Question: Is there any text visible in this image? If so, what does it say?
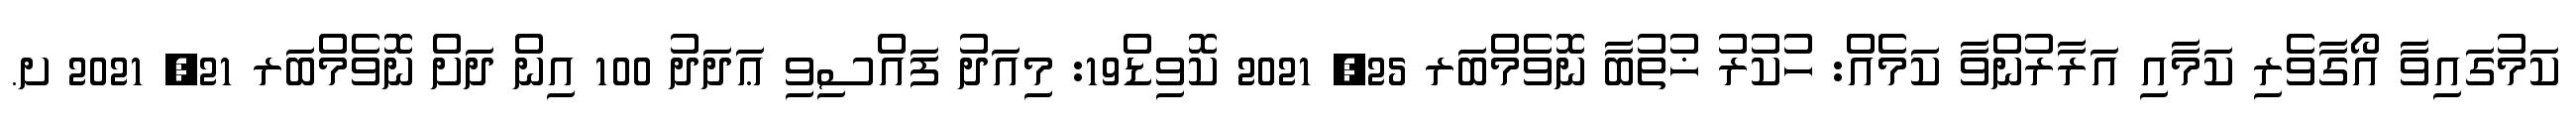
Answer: ކަމުގައިވާ އޯގާވެރި ކަމާއި އަރާރުންވާ ކަމެއް: ހުކުރު ޚުތުބާ ނޮވެމްބަރ 25, 2021 ކޮވިޑް19: މިއަދު ފައްސިވި ޢަދަދު 100 އިން ދަށް ނޮވެމްބަރ 21, 2021 ށ.